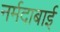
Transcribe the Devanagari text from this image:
नर्मदाबाई